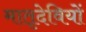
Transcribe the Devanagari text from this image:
मातृदेवियों